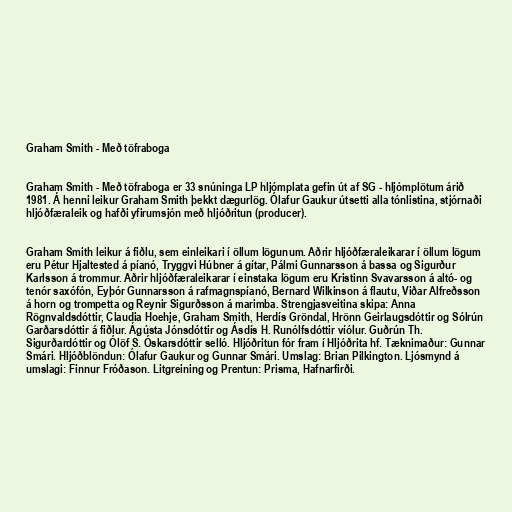
Graham Smith - Með töfraboga

Graham Smith - Með töfraboga er 33 snúninga LP hljómplata gefin út af SG - hljómplötum árið
1981. Á henni leikur Graham Smith þekkt dægurlög. Ólafur Gaukur útsetti alla tónlistina, stjórnaði
hljóðfæraleik og hafði yfirumsjón með hljóðritun (producer).

Graham Smith leikur á fiðlu, sem einleikari í öllum lögunum. Aðrir hljóðfæraleikarar í öllum lögum
eru Pétur Hjaltested á píanó, Tryggvi Húbner á gítar, Pálmi Gunnarsson á bassa og Sigurður
Karlsson á trommur. Aðrir hljóðfæraleikarar í einstaka lögum eru Kristinn Svavarsson á altó- og
tenór saxófón, Eyþór Gunnarsson á rafmagnspíanó, Bernard Wilkinson á flautu, Viðar Alfreðsson
á horn og trompetta og Reynir Sigurðsson á marimba. Strengjasveitina skipa: Anna
Rögnvaldsdóttir, Claudia Hoehje, Graham Smith, Herdís Gröndal, Hrönn Geirlaugsdóttir og Sólrún
Garðarsdóttir á fiðlur. Ágústa Jónsdóttir og Ásdís H. Runólfsdóttir víólur. Guðrún Th.
Sigurðardóttir og Ólöf S. Óskarsdóttir selló. Hljóðritun fór fram í Hljóðrita hf. Tæknimaður: Gunnar
Smári. Hljóðblöndun: Ólafur Gaukur og Gunnar Smári. Umslag: Brian Pilkington. Ljósmynd á
umslagi: Finnur Fróðason. Litgreining og Prentun: Prisma, Hafnarfirði.